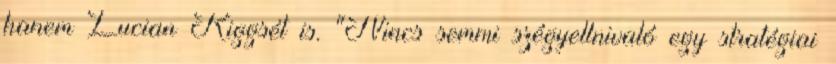
hanem Lucian Kiggsét is. "Nincs semmi szégyellnivaló egy stratégiai